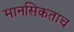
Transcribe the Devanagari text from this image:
मानसिकताच